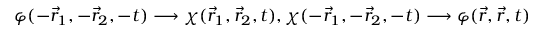
\varphi ( - \vec { r } _ { 1 } , - \vec { r } _ { 2 } , - t ) \longrightarrow \chi ( \vec { r } _ { 1 } , \vec { r } _ { 2 } , t ) , \chi ( - \vec { r } _ { 1 } , - \vec { r } _ { 2 } , - t ) \longrightarrow \varphi ( \vec { r } , \vec { r } , t )